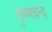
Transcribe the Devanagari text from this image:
कृष्णचन्द